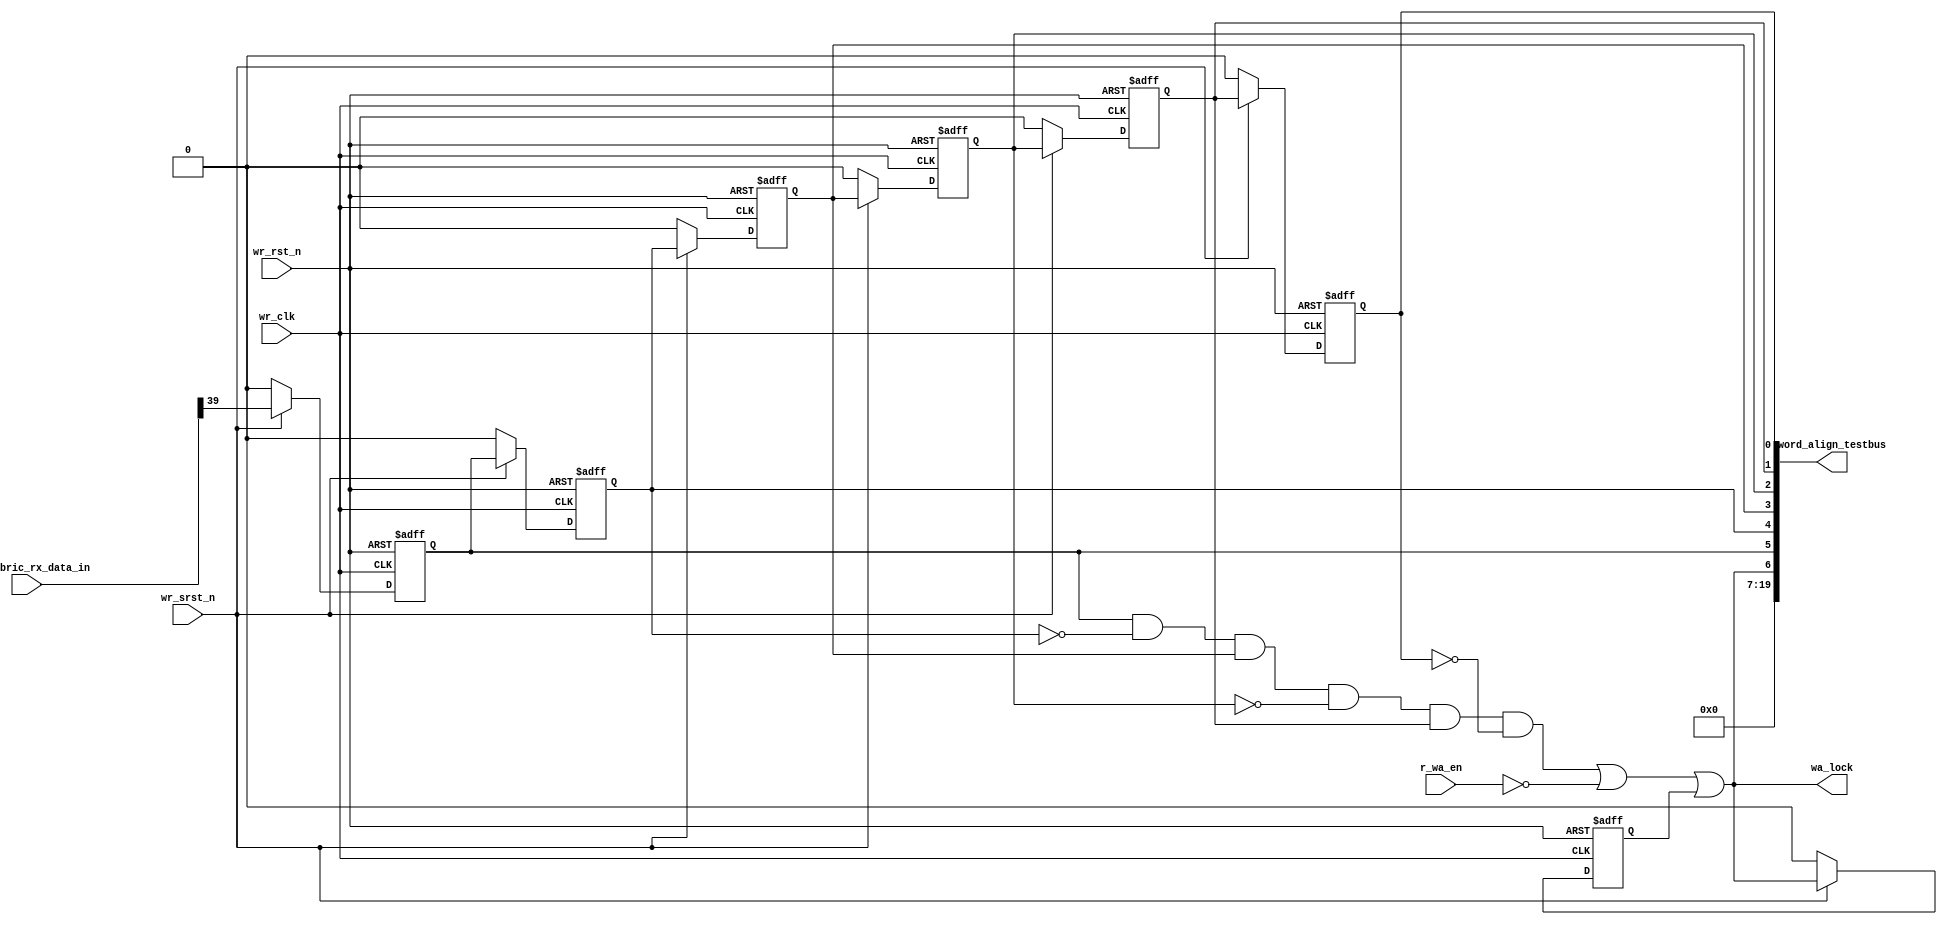
// This program was cloned from: https://github.com/intel/aib-phy-hardware
// License: Apache License 2.0

// SPDX-License-Identifier: Apache-2.0
// Copyright (C) 2019 Intel Corporation. All rights reserved
//------------------------------------------------------------------------
// (C) 2009 Altera Corporation. All rights reserved.  
//
//------------------------------------------------------------------------
// Revision:    $Revision: #4 $
//------------------------------------------------------------------------
// Description: 
//
//------------------------------------------------------------------------


module hdpldadapt_rx_datapath_word_align 
  #(
    parameter DWIDTH = 'd40             // FIFO Input data width 
    )
    (
    input  wire               wr_clk,      	  // clock
    input  wire               wr_rst_n,       	  // async reset
    input  wire               wr_srst_n,       	  // async reset
    input  wire               r_wa_en,            // Word-align enable  
    input  wire [DWIDTH-1:0]  aib_fabric_rx_data_in,         // Write Data In 
    output wire [19:0]	      word_align_testbus,
    output wire		      wa_lock		  // Go to FIFO, status reg
    );
    
 //********************************************************************
// Define Parameters 
//********************************************************************


//********************************************************************
// Define variables 
//********************************************************************

reg		        wm_bit;
reg		        wm_bit_d1;
reg		        wm_bit_d2;
reg		        wm_bit_d3;
reg		        wm_bit_d4;
reg		        wm_bit_d5;
reg			wa_lock_lt;
wire			wa_lock_int;
//********************************************************************
// Main logic 
//********************************************************************



//Word-align
always @(negedge wr_rst_n or posedge wr_clk) begin
   if (wr_rst_n == 1'b0) begin
     wm_bit 	 <= 1'b0;
     wm_bit_d1 <= 1'b0;
     wm_bit_d2 <= 1'b0;
     wm_bit_d3 <= 1'b0;
     wm_bit_d4 <= 1'b0;
     wm_bit_d5 <= 1'b0;
   end
   else if (wr_srst_n == 1'b0) begin
     wm_bit 	 <= 1'b0;
     wm_bit_d1 <= 1'b0;
     wm_bit_d2 <= 1'b0;
     wm_bit_d3 <= 1'b0;
     wm_bit_d4 <= 1'b0;
     wm_bit_d5 <= 1'b0;
   end
   else begin
     wm_bit 	 <= aib_fabric_rx_data_in[39];
     wm_bit_d1 <= wm_bit;
     wm_bit_d2 <= wm_bit_d1;
     wm_bit_d3 <= wm_bit_d2;
     wm_bit_d4 <= wm_bit_d3;
     wm_bit_d5 <= wm_bit_d4;
   end
end

always @(negedge wr_rst_n or posedge wr_clk) begin
   if (wr_rst_n == 1'b0) begin
     wa_lock_lt 	 <= 1'b0;
   end
   else if (wr_srst_n == 1'b0) begin
     wa_lock_lt 	 <= 1'b0;
   end
   else begin
     wa_lock_lt 	 <= wa_lock_int || wa_lock_lt;
   end
end

assign wa_lock_int = wm_bit && ~wm_bit_d1 && wm_bit_d2 && ~wm_bit_d3 && wm_bit_d4 && ~wm_bit_d5 || ~r_wa_en;

assign wa_lock = wa_lock_int || wa_lock_lt;

//assign wa_error = (data_out[39] || ~data_out[79]) && r_wa_en && rd_en_reg;

//always @(negedge wr_rst_n or posedge wr_clk) begin
//   if (wr_rst_n == 1'b0) begin
//     wa_error_cnt <= 1'b0;
//   end
//   else if (wa_error_cnt < 4'b1111 && wa_error) begin
//     wa_error_cnt 	<= wa_error_cnt + 1'b1;
//   end
//end

assign word_align_testbus = {13'd0, wa_lock, wm_bit, wm_bit_d1, wm_bit_d2, wm_bit_d3, wm_bit_d4, wm_bit_d5};
  
  
endmodule